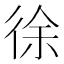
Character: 徐